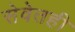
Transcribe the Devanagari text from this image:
सेवेतही